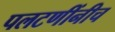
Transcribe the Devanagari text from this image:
पलटणींनीच